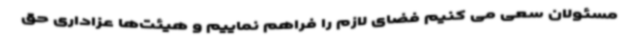
مسئولان سعی می کنیم فضای لازم را فراهم نماییم و هیئت‌ها عزاداری حق